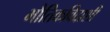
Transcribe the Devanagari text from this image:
भौतिकविदाशी